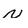
Character: N